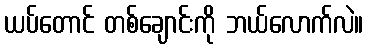
ယပ်တောင် တစ်ချောင်းကို ဘယ်လောက်လဲ။